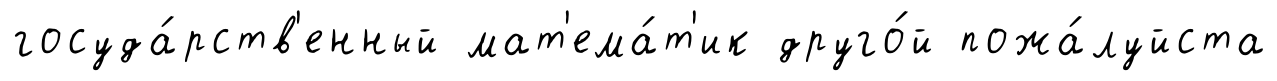
госуда́рств'енный мат'ема́т'ик друго́й пожа́луйста